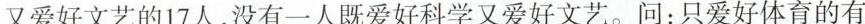
又爱好文艺的17人，没有一人既爱好科学又爱好文艺。问：只爱好体育的有